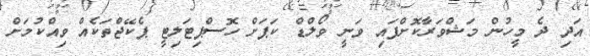
އަދި ދެ މީހުން މަޝްވަރާކޮށްފައި ވަނީ ވޯލްޑް ކަޕަށް ހޮސްޕިޓަލިޓީ ޕެކޭޖްތަކެއް ވިއްކުމަށް